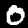
Label: 0